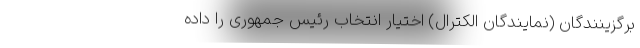
برگزینندگان (نمایندگان الکترال) اختیار انتخاب رئیس جمهوری را داده